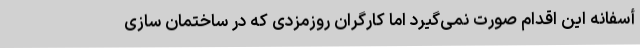
أسفانه این اقدام صورت نمی‌گیرد اما کارگران روزمزدی که در ساختمان سازی